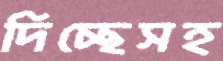
দিচ্ছেসহ